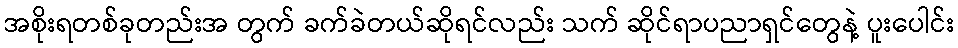
အစိုးရတစ်ခုတည်းအ တွက် ခက်ခဲတယ်ဆိုရင်လည်း သက် ဆိုင်ရာပညာရှင်တွေနဲ့ ပူးပေါင်း